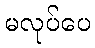
မလုပ်ပေ